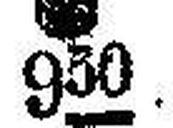
● 950